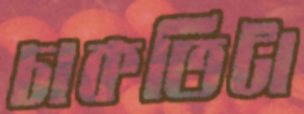
চাকতিটা